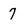
Character: 7